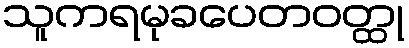
သူကရမုခပေတဝတ္ထု